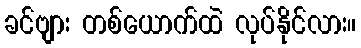
ခင်ဗျား တစ်ယောက်ထဲ လုပ်နိုင်လား။